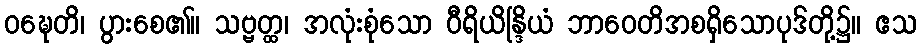
ဝဍ္ဎေတိ၊ ပွားစေ၏။ သဗ္ဗတ္ထ၊ အလုံးစုံသော ဝီရိယိန္ဒြိယံ ဘာဝေတိအစရှိသောပုဒ်တို့၌။ ဧသ